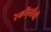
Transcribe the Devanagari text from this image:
रेकॉर्ड्सची